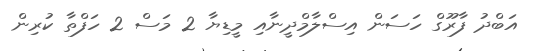
އަބްދު ފާރޫގް ހަސަން އިސްލާމްދީނާއި މީޑިޔާ 2 މަސް 2 ހަފްތާ ކުރިން